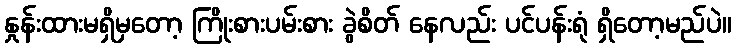
နှုန်းထားမရှိမှတော့ ကြိုးစားပမ်းစား ခွဲစိတ် နေလည်း ပင်ပန်းရုံ ရှိတော့မည်ပဲ။